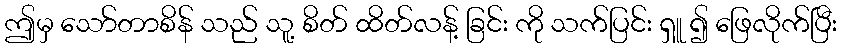
ဤမှ သော်တာစိန် သည် သူ့ စိတ် ထိတ်လန့် ခြင်း ကို သက်ပြင်း ရှူ ၍ ဖြေလိုက်ပြီး